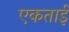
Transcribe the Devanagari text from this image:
एकताई